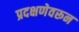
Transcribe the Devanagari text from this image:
प्रदक्षणेवरून